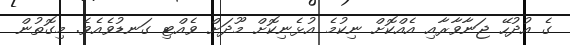
ގެ އުދުހޭ ޖަނާވާރާއި އެއްކޮށް ނިކުމެ އުޅެނިކޮށް މޫދަށް ވެއްޓި ގަނޑުވެއެވެ. މިގޮތުން